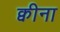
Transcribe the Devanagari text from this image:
क्वीना